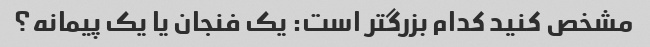
مشخص کنید کدام بزرگتر است: یک فنجان یا یک پیمانه؟